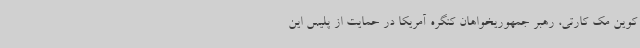
کوین مک کارتی، رهبر جمهوریخواهان کنگره آمریکا در حمایت از پلیس این